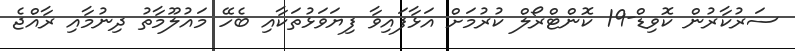
ސަރުކާރުން ކޮވިޑް-19 ކޮންޓްރޯލް ކުރުމަށް އަޅާފައިވާ ފިޔަވަޅުތަކާއި ބެހޭ މައުލޫމާތު ދިނުމާއި ރާއްޖެ